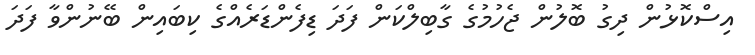
އިސްކޮޅުން ދިގު ބޮލުން ޖެހުމުގެ ގާބިލްކަން ފަދަ ޑިފެންޑަރެއްގެ ކިބައިން ބޭނުންވާ ފަދަ